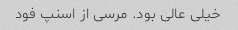
خیلی عالی بود. مرسی از اسنپ فود